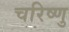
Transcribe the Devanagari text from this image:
चरिष्णु